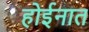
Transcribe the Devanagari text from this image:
होईनात